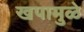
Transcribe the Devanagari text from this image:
खपामुळे